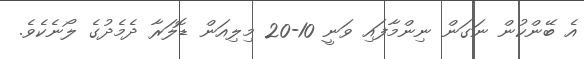
އެ ބޭންކުން ނަގަން ނިންމާފައި ވަނީ 10-20 މިލިއަން ޑޮލަރާ ދެމެދުގެ ލޯނެކެވެ.